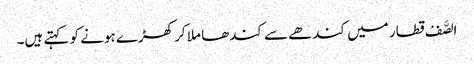
الصَّفْ قطار میں کندھے سے کندھا ملا کر کھڑے ہونے کو کہتے ہیں۔